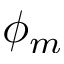
\phi _ { m }